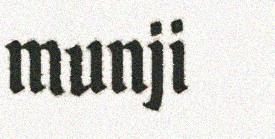
munji